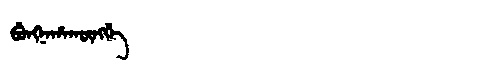
Manchu: ᠪᡠᠩᠨᠠᡥᠠᡴᡡᠩᡤᡝ
Romanization: BUNGNAHAKŪNGGE